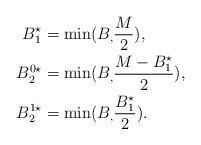
LaTeX: \begin{align*}B_1^{\star} &= \min( B_, \frac{M}{2}), \\B_2^{0 \star} &= \min( B_, \frac{M - B_1^{\star}}{2}),\\ B_2^{1 \star} &= \min( B_, \frac{ B_1^{\star}}{2}). \end{align*}